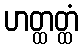
ဟတ္ထတ္ထံ